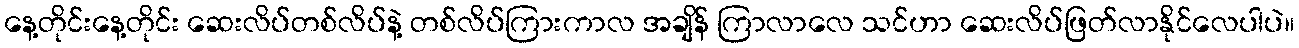
နေ့တိုင်းနေ့တိုင်း ဆေးလိပ်တစ်လိပ်နဲ့ တစ်လိပ်ကြားကာလ အချိန် ကြာလာလေ သင်ဟာ ဆေးလိပ်ဖြတ်လာနိုင်လေပါပဲ။